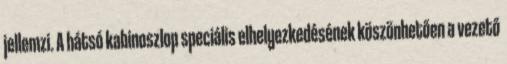
jellemzi. A hátsó kabinoszlop speciális elhelyezkedésének köszönhetően a vezető